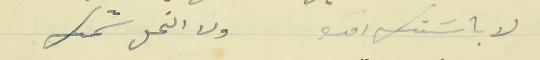
لا باسَتك امك                                     ولا النحل شمك